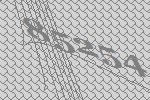
85254